Investigations into the jail dietaries of the United Provinces with some observations on the influence of dietary on the physical development and well-being of the people of the United Provinces - Number 48
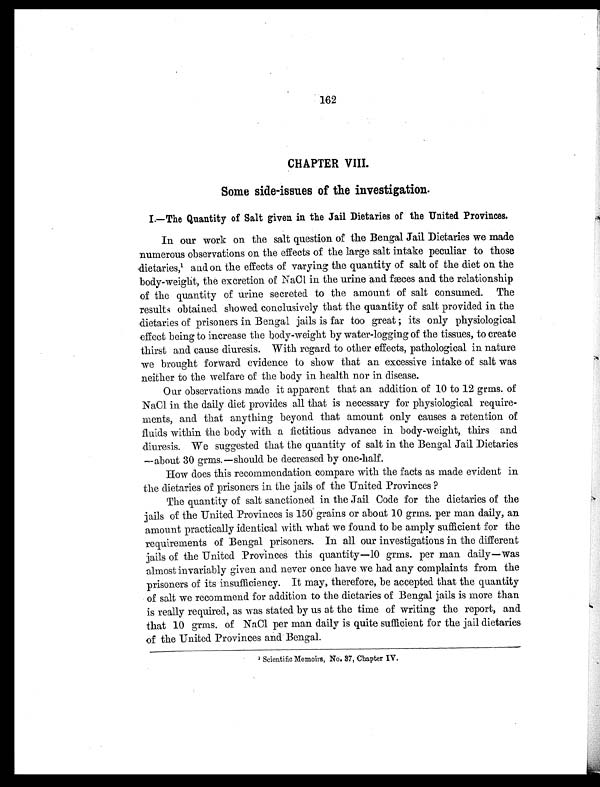
162
CHAPTER VIII.
Some side-issues of the investigation.
I.—The Quantity of Salt given in the Jail Dietaries of the United Provinces.
In our work on the salt question of the Bengal Jail Dietaries we made
numerous observations on the effects of the large salt intake peculiar to those
dietaries,1 a n d o n t h e e f f e c t s o f v a r y i n g t h e q u a n t i t y o f s a l t o f t h e d i e t o n t h e
body-weight, the excretion of NaCl in the urine and fæces and the relationship
of the quantity of urine secreted to the amount of salt consumed. The
results obtained showed conclusively that the quantity of salt provided in the
dietaries of prisoners in Bengal jails is far too great ; its only physiological
effect being to increase the body-weight by water-logging of the tissues, to create
thirst and cause diuresis. With regard to other effects, pathological in nature
we brought forward evidence to show that an excessive intake of salt was
neither to the welfare of the body in health nor in disease.
Our observations made it apparent that an addition of 10 to 12 grms. of
NaCl in the daily diet provides all that is necessary for physiological require-
ments, and that anything beyond that amount only causes a retention of
fluids within the body with a fictitious advance in body-weight, thirs and
diuresis. We suggested that the quantity of salt in the Bengal Jail Dietaries
—about 30 grms. —should be decreased by one-half.
How does this recommendation compare with the facts as made evident in
the dietaries of prisoners in the jails of the United Provinces ?
The quantity of salt sanctioned in the Jail Code for the dietaries of the
jails of the United Provinces is 150 grains or about 10 grms. per man daily, an
amount practically identical with what we found to be amply sufficient for the
requirements of Bengal prisoners. In all our investigations in the different
jails of the United Provinces this quantity—10 grms. per man daily—was
almost invariably given and never once have we had any complaints from the
prisoners of its insufficiency. It may, therefore, be accepted that the quantity
of salt we recommend for addition to the dietaries of Bengal jails is more than
is really required, as was stated by us at the time of writing the report, and
that 10 grms. of NaCl per man daily is quite sufficient for the jail dietaries
of the United Provinces and Bengal.
1
Scientific Memoirs, No. 37, Chapter IV.